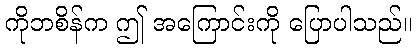
ကိုဘစိန်က ဤ အကြောင်းကို ပြောပါသည်။